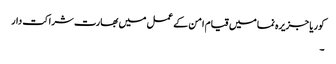
کوریا جزیرہ نما میں قیام امن کے عمل میں بھارت شراکت دار
۔